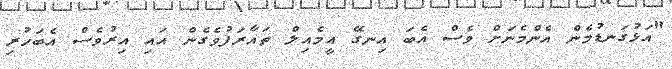
"އަޅުގަނޑުމެން އެންމެނަށް ވެސް އެބަ އިނގޭ އީމެއިލް ތައާރަފުވެގެން އައި އިރުވެސް އެބަހުރި